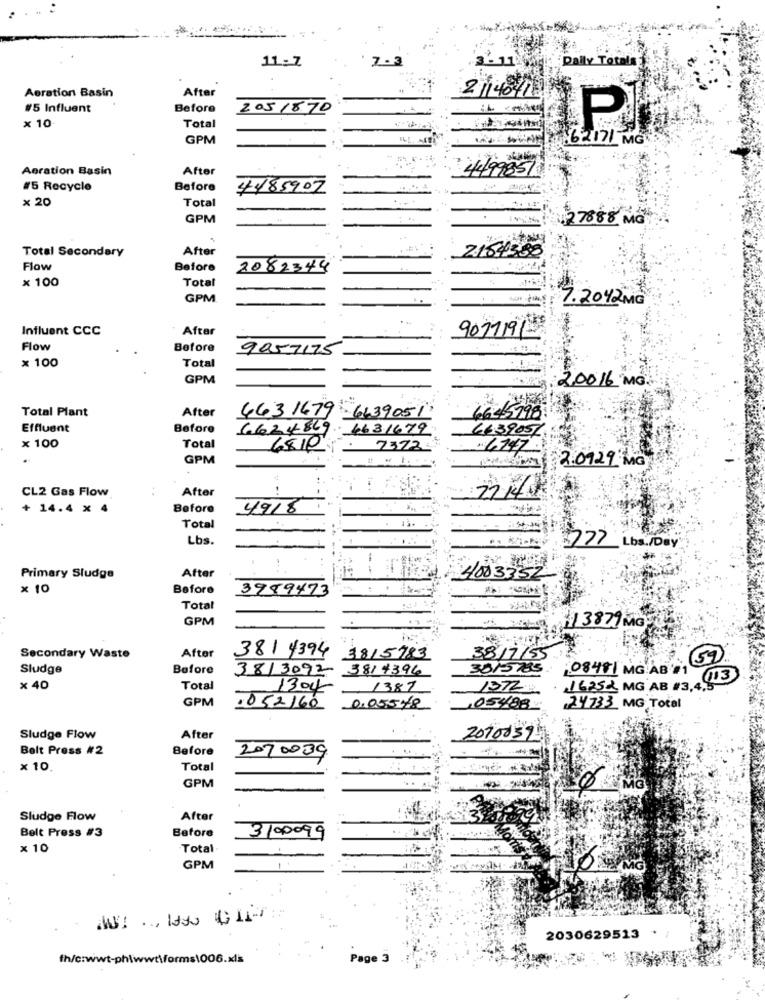
11:7
'7-3
Daily Totala
After
2/14041
Aeration Basin
#5 Influent
Before
2051870
× 10
Total
P
GPM
162171 MG
Aeration Basin
After
4499851
#5 Recycle
Before
448590Z
× 20
Total
GPM
27888 MG
Total Secondary
After
2164338
Flow
Before
2082344
x 100
Total
GPM
9.2042 MG
Influent CCC
Aftar
9071191-
Flow
Before
9057175
x 100
Total
GPM
20016 MG.
Total Plant
After
463 1679 - 6139051
6645798
Effluent
Before
6624829
4631679
663905/
x 100
Total
6810
7372-
6747
GPM
22.09.29 MG
After
22:148
CL2 Gas Flow
+ 14.4 x 4
Before
4918
Total
Lbs.
777 Lbs. /Day
-
Primary Sludge
After
4003352
× 10
Before
3989473
Total
GPM
1 3879 MG
381 4394
Secondary Waste
After
3815783
3817/55
Sludge
Before
3813092
3814396
301-5785
08481 MG AB'S1
× 40
Total
1304
1387
1372
16252 MG AB #3,4,
GPM
.552160
0.05578
,05488
24733 MG Total
Sludge Flow
After
2070037
Bolt Press #2
Before
207 0039
× 10
Total
GPM
0 MG
Sludge Flow
After
Belt Press #3
3100099
Before
× 10
Total
GPM
ME MG
2030629513 .
fh/c:wwt-ph\wwt\forms\006.xls
Page 3